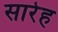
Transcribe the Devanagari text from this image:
सारेह